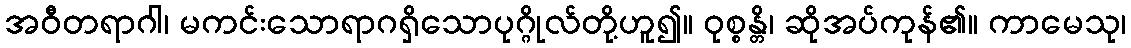
အဝီတရာဂါ၊ မကင်းသောရာဂရှိသောပုဂ္ဂိုလ်တို့ဟူ၍။ ဝုစ္စန္တိ၊ ဆိုအပ်ကုန်၏။ ကာမေသု၊